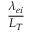
\frac { \lambda _ { e i } } { L _ { T } }